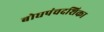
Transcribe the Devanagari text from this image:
बोधपंचदशिका